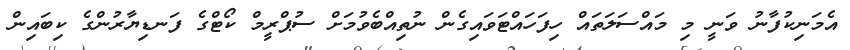
އެމަނިކުފާނު ވަނީ މި މައްސަލަތައް ހިފަހައްޓަވައިގެން ނުތިއްބެވުމަށް ސުޕްރީމް ކޯޓްގެ ފަނޑިޔާރުންގެ ކިބައިން